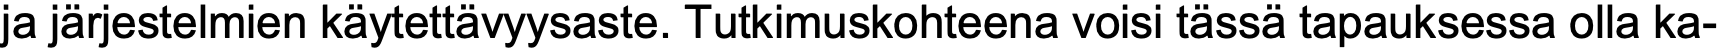
ja järjestelmien käytettävyysaste. Tutkimuskohteena voisi tässä tapauksessa olla ka-